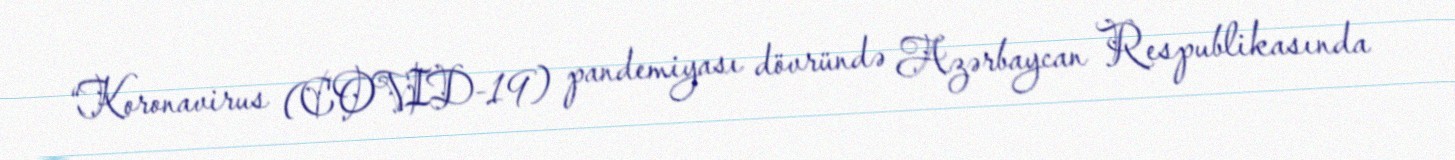
“Koronavirus (COVID-19) pandemiyası dövründə Azərbaycan Respublikasında